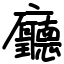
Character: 廳